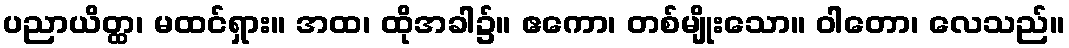
ပညာယိတ္ထ၊ မထင်ရှား။ အထ၊ ထိုအခါ၌။ ဧကော၊ တစ်မျိုးသော။ ဝါတော၊ လေသည်။